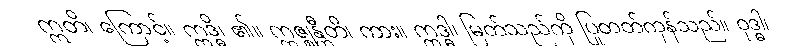
ဣတိ၊ ကြောင့်။ ဣဒ္ဓိ၊ ၏။ ဣဇ္ဈန္တီတိ၊ ကား။ ဣဒ္ဓါ၊ မြတ်သည်ကို ပြုတတ်ကုန်သည်။ ဝုဒ္ဓါ၊